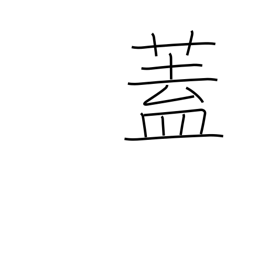
Meaning: flap